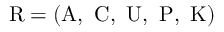
{ \mathrm { R } } = ( { \mathrm { A , ~ C , ~ U , ~ P , ~ K } } )